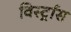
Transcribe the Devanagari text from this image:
विर्स्ट्रास